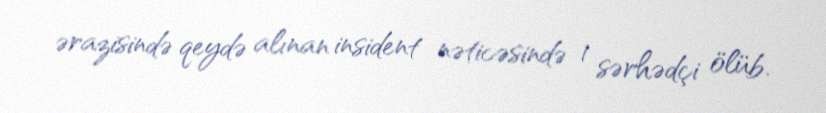
ərazisində qeydə alınan insident nəticəsində 1 sərhədçi ölüb.